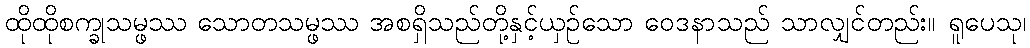
ထိုထိုစက္ခုသမ္ဖဿ သောတသမ္ဖဿ အစရှိသည်တို့နှင့်ယှဉ်သော ဝေဒနာသည် သာလျှင်တည်း။ ရူပေသု၊